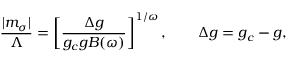
\frac { | m _ { \sigma } | } { \Lambda } = \left[ \frac { \Delta g } { g _ { c } g B ( \omega ) } \right] ^ { 1 / \omega } , \qquad \Delta g = g _ { c } - g ,